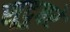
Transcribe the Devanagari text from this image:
सूदूबरे